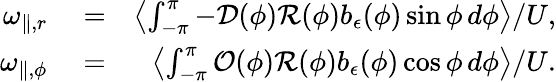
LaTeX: \begin{array}{rlr}{\omega_{\parallel,r}}&{{}=}&{\left\langle\int_{-\pi}^{\pi}-\mathcal{D}(\phi)\mathcal{R}(\phi)b_{\epsilon}(\phi)\sin\phi\, d\phi\right\rangle/U,}\\ {\omega_{\parallel,\phi}}&{{}=}&{\left\langle\int_{-\pi}^{\pi}\mathcal{O}(\phi)\mathcal{R}(\phi)b_{\epsilon}(\phi)\cos\phi\, d\phi\right\rangle/U.}\end{array}